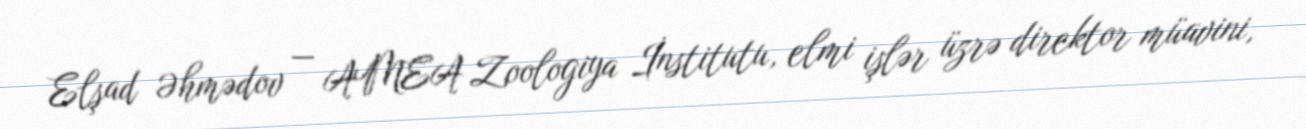
Elşad Əhmədov — AMEA Zoologiya İnstitutu, elmi işlər üzrə direktor müavini,